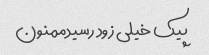
پیک خیلی زود رسیدممنون